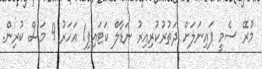
މުރޭ ސެމީ ފައިނަލަށް ދަތުރުކުރިއިރު ނަޑާލް ކަޓައިފި1 އަހަރު 9 މަސް ކުރިން.